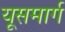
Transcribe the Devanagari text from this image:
यूसमार्ग